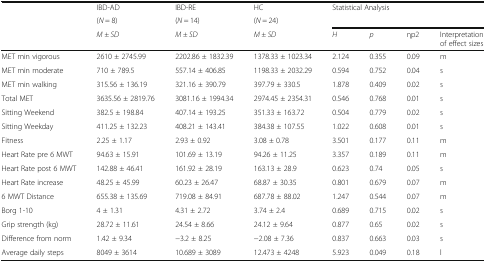
<table><thead><tr><td rowspan="3"></td><td><b>IBD-AD</b></td><td><b>IBD-RE</b></td><td><b>HC</b></td><td rowspan="2" colspan="4"><b>Statistical Analysis</b></td></tr><tr><td><b>(<i>N</i> = 8)</b></td><td><b>(<i>N</i> = 14)</b></td><td><b>(<i>N</i> = 24)</b></td></tr><tr><td><b><i>M ± SD</i></b></td><td><b><i>M ± SD</i></b></td><td><b><i>M ± SD</i></b></td><td><b><i>H</i></b></td><td><b><i>p</i></b></td><td><b>ηp2</b></td><td><b>Interpretation of effect sizes</b></td></tr></thead><tbody><tr><td>MET min vigorous</td><td>2610 ± 2745.99</td><td>2202.86 ± 1832.39</td><td>1378.33 ± 1023.34</td><td>2.124</td><td>0.355</td><td>0.09</td><td>m</td></tr><tr><td>MET min moderate</td><td>710 ± 789.5</td><td>557.14 ± 406.85</td><td>1198.33 ± 2032.29</td><td>0.594</td><td>0.752</td><td>0.04</td><td>s</td></tr><tr><td>MET min walking</td><td>315.56 ± 136.19</td><td>321.16 ± 390.79</td><td>397.79 ± 330.5</td><td>1.878</td><td>0.409</td><td>0.02</td><td>s</td></tr><tr><td>Total MET</td><td>3635.56 ± 2819.76</td><td>3081.16 ± 1994.34</td><td>2974.45 ± 2354.31</td><td>0.546</td><td>0.768</td><td>0.01</td><td>s</td></tr><tr><td>Sitting Weekend</td><td>382.5 ± 198.84</td><td>407.14 ± 193.25</td><td>351.33 ± 163.72</td><td>0.504</td><td>0.779</td><td>0.02</td><td>s</td></tr><tr><td>Sitting Weekday</td><td>411.25 ± 132.23</td><td>408.21 ± 143.41</td><td>384.38 ± 107.55</td><td>1.022</td><td>0.608</td><td>0.01</td><td>s</td></tr><tr><td>Fitness</td><td>2.25 ± 1.17</td><td>2.93 ± 0.92</td><td>3.08 ± 0.78</td><td>3.501</td><td>0.177</td><td>0.11</td><td>m</td></tr><tr><td>Heart Rate pre 6 MWT</td><td>94.63 ± 15.91</td><td>101.69 ± 13.19</td><td>94.26 ± 11.25</td><td>3.357</td><td>0.189</td><td>0.11</td><td>m</td></tr><tr><td>Heart Rate post 6 MWT</td><td>142.88 ± 46.41</td><td>161.92 ± 28.19</td><td>163.13 ± 28.9</td><td>0.623</td><td>0.74</td><td>0.05</td><td>s</td></tr><tr><td>Heart Rate increase</td><td>48.25 ± 45.99</td><td>60.23 ± 26.47</td><td>68.87 ± 30.35</td><td>0.801</td><td>0.679</td><td>0.07</td><td>m</td></tr><tr><td>6 MWT Distance</td><td>655.38 ± 135.69</td><td>719.08 ± 84.91</td><td>687.78 ± 88.02</td><td>1.247</td><td>0.544</td><td>0.07</td><td>m</td></tr><tr><td>Borg 1-10</td><td>4 ± 1.31</td><td>4.31 ± 2.72</td><td>3.74 ± 2.4</td><td>0.689</td><td>0.715</td><td>0.02</td><td>s</td></tr><tr><td>Grip strength (kg)</td><td>28.72 ± 11.61</td><td>24.54 ± 8.66</td><td>24.12 ± 9.64</td><td>0.877</td><td>0.65</td><td>0.02</td><td>s</td></tr><tr><td>Difference from norm</td><td>1.42 ± 9.34</td><td>−3.2 ± 8.25</td><td>−2.08 ± 7.36</td><td>0.837</td><td>0.663</td><td>0.03</td><td>s</td></tr><tr><td>Average daily steps</td><td>8049 ± 3614</td><td>10.689 ± 3089</td><td>12.473 ± 4248</td><td>5.923</td><td>0.049</td><td>0.18</td><td>l</td></tr></tbody></table>